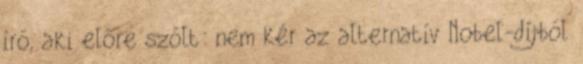
író, aki előre szólt: nem kér az alternatív Nobel-díjból